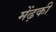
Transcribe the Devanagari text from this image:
मेंढ़की